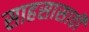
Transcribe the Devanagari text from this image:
साहसासाठी